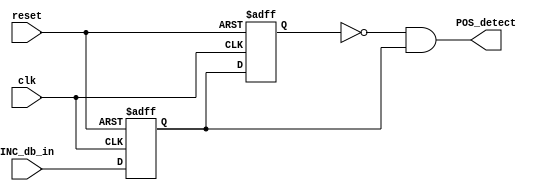
`timescale 1ns / 1ps
//****************************************************************//
//                                                                //
//  Created by       Thomas Nguyen on 09/20/2018.                 //
//  Copyright c 2019 Thomas Nguyen. All rights reserved.          //
//                                                                //
//                                                                //
//  In submitting this file for class work at CSULB               //
//  I am confirming that this is my work and the work             //
//  of no one else. In submitting this code I acknowledge that    //
//  plagiarism in student project work is subject to dismissal.   //
//  from the class                                                //
//****************************************************************//
//  Description:
//  A pulse maker that detects the first rising edge and generates
//  a one clock pulse
////////////////////////////////////////////////////////////////////
module posedge_detect(clk, reset, INC_db_in, POS_detect);
   input      clk, reset, INC_db_in;
   output     POS_detect;
   reg        q, d;
   
   always@(posedge clk or posedge reset)
      if(reset) begin
                  d <= 1'b0; 
                  q <= 1'b0; 
                end else begin
                  d <= INC_db_in;
                  q <= d;
                end
   
   assign POS_detect = ~q & d;
   
endmodule